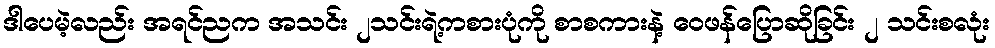
ဒါပေမဲ့လည်း အရင်ညက အသင်း ၂သင်းရဲ့ကစားပုံကို စာစကားနဲ့ ဝေဖန်ပြောဆိုခြင်း ၂ သင်းစလုံး